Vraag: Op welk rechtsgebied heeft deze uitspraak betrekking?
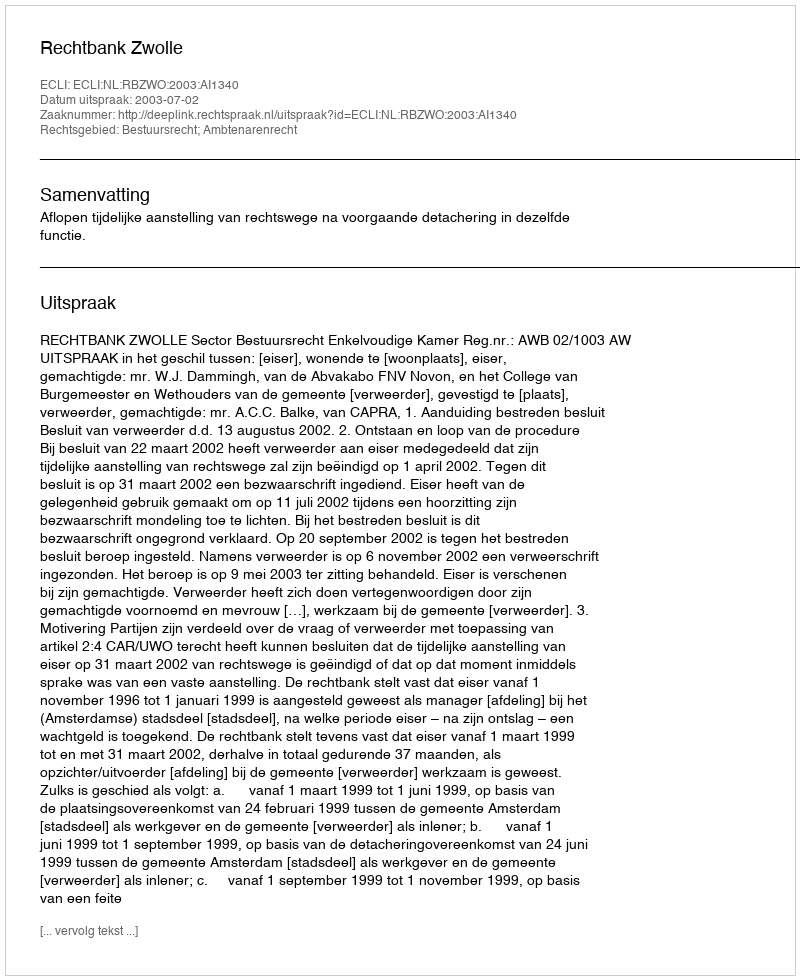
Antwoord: Bestuursrecht; Ambtenarenrecht